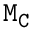
\mathtt { M _ { C } }